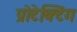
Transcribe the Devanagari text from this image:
प्रोटेक्टिंग